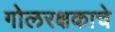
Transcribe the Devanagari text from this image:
गोलरक्षकाचे